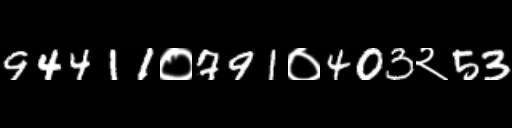
Text: 94411०791०403२53